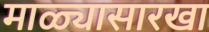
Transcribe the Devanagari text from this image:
माळ्यासारखा